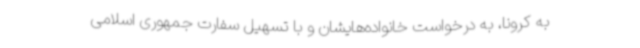
به کرونا، به درخواست خانواده‌هایشان و با تسهیل سفارت جمهوری اسلامی